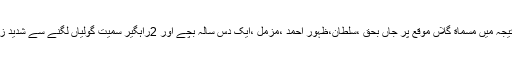
فائرنگ کے نتیجہ میں مسماة گلاں موقع پر جاں بحق ،سلطان،ظہور احمد ،مزمل ،ایک دس سالہ بچے اور 2راہگیر سمیت گولیاں لگنے سے شدید زخمی ہو گئے ۔